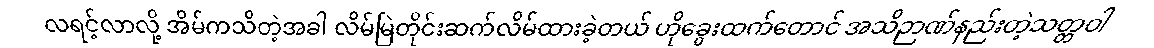
လရင့်လာလို့ အိမ်ကသိတဲ့အခါ လိမ်မြဲတိုင်းဆက်လိမ်ထားခဲ့တယ် ဟိုခွေးထက်တောင် အသိဉာဏ်နည်းတဲ့သတ္တဝါ